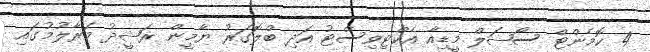
4 ކޮމެންޓް ސޯޝަލް މީޑިއާ އެކްޓިވިސްޓު އަދި ބްލޮގަރު ޔާމީން ރަޝީދު މަރާލުމުގައި